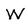
Character: W